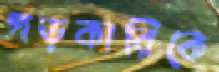
গড়কারিকে